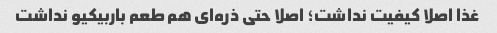
غذا اصلا کیفیت نداشت؛ اصلا حتی ذره‌ای هم طعم باربیکیو نداشت